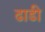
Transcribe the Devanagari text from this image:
ढाडी